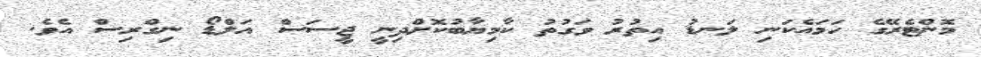
މޮންޓެރޭގެ ހަމައެކަނި ލަނޑު އިތުރު ވަގުތު ކާމިޔާބުކޮށްދިނީ ޖީސަސް އަލްޑޯ ނިގްރިސް އެވެ.